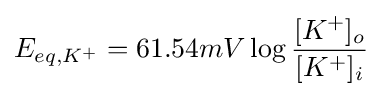
E_{eq,K^{+}}=61.54mV\log {\frac {[K^{+}]_{o}}{[K^{+}]_{i}}}